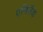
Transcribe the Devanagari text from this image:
एनिसैक